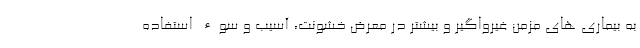
به بیماری های مزمن غیرواگیر و بیشتر در معرض خشونت، آسیب و سوء استفاده